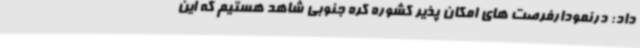
داد: درنمودارفرصت های امکان پذیر کشوره کره جنوبی شاهد هستیم که این